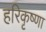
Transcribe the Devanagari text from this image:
हरिकृष्णा